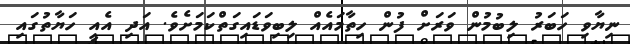
ނިޔާވި ހަބަރު ލިބުމުން ވަރަށް ފުން ހިތާމައެއް ލިބިވަޑައިގަތްކަމަށެވެ. އަދި އެއީ ހަޔާތުގައި